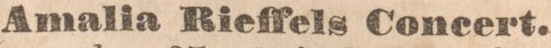
Amalia Rieffels Concert.